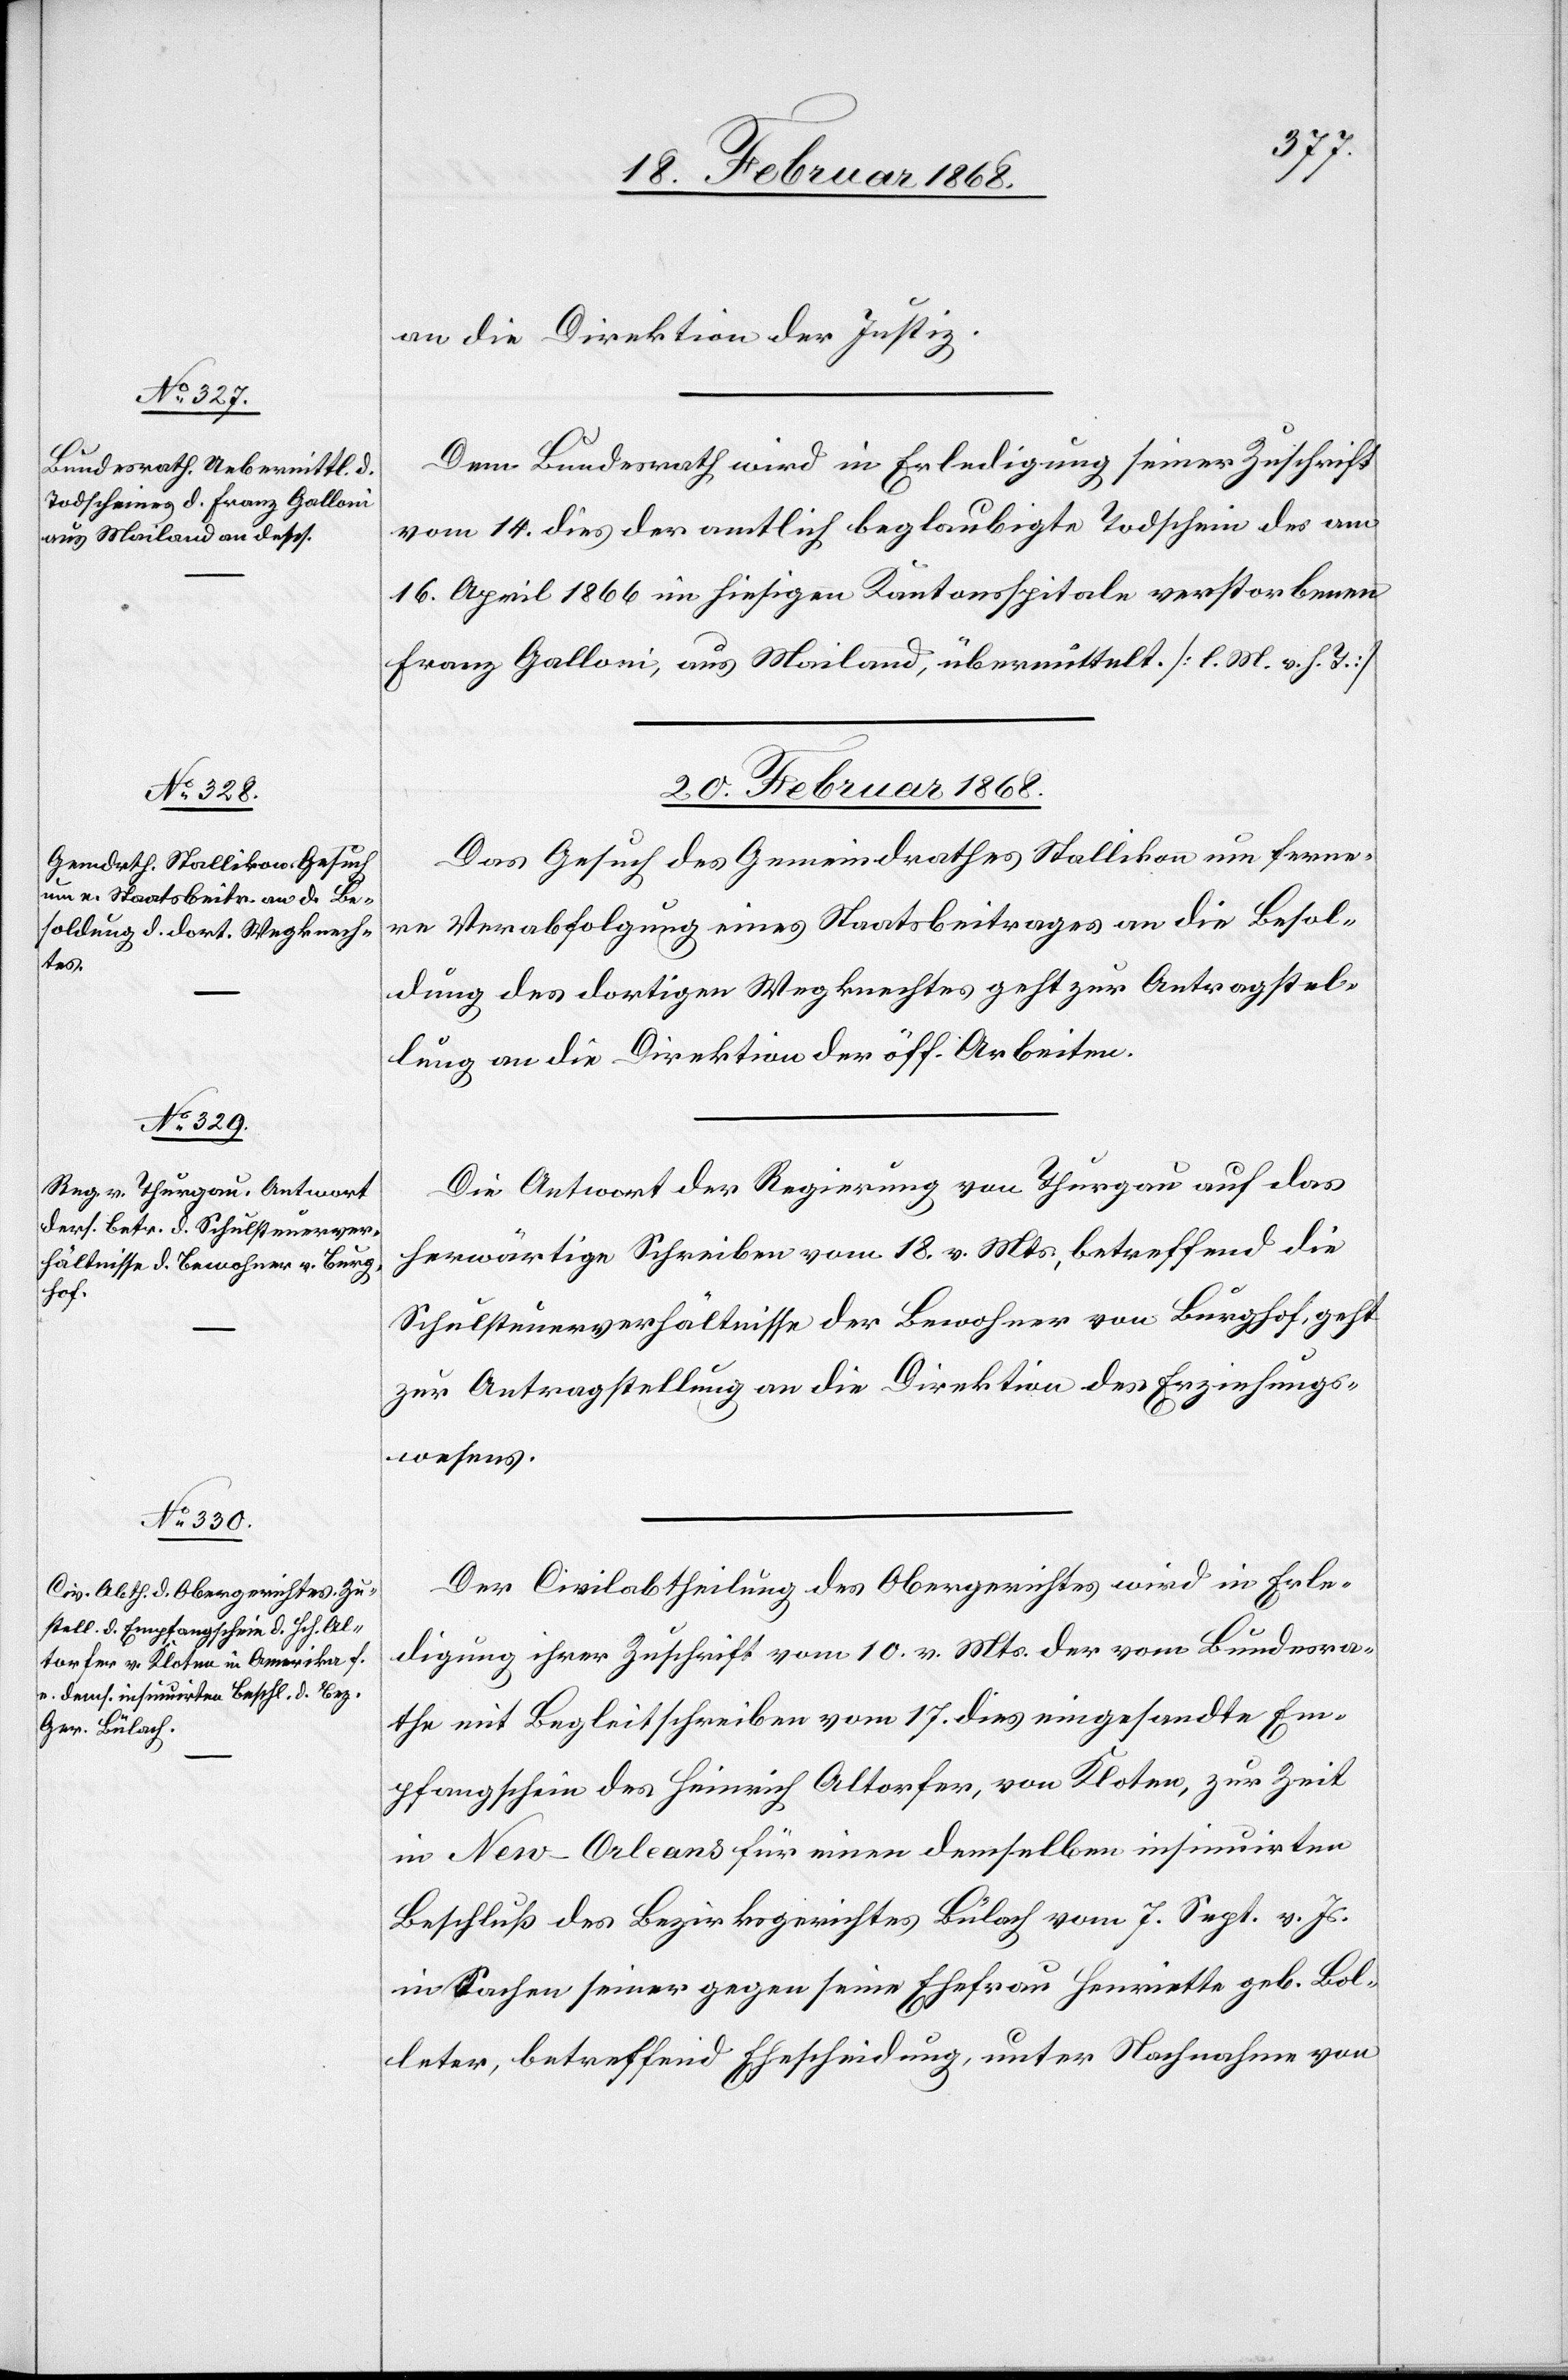
an die Direktion der Justiz.
Dem Bundesrath wird in Erledigung seiner Zuschrift
vom 14. dies der amtlich beglaubigte Todschein des am
16. April 1866 im hiesigen Kantonsspitale verstorbenen
Franz Galloni, aus Mailand, übermittelt. [l. M. v. h. T.]
20. Februar 1868.]
Das Gesuch des Gemeindrathes Stallikon um ferne¬
re Verabfolgung eines Staatsbeitrages an die Besol¬
dung des dortigen Wegknechtes geht zur Antragstel¬
lung an die Direktion der öff. Arbeiten.
Die Antwort der Regierung von Thurgau auf das
herwärtige Schreiben vom 18. v. Mts., betreffend die
Schulsteuerverhältnisse der Bewohner von Burghof, geht
zur Antragstellung an die Direktion des Erziehungs¬
wesens.
Der Civilabtheilung des Obergerichtes wird in Erle¬
digung ihrer Zuschrift vom 10. v. Mts. der vom Bundesra¬
the mit Begleitschreiben vom 17. dies eingesandte Em¬
pfangschein des Heinrich Altorfer, von Kloten, zur Zeit
in New-Orleans für einen demselben insinuirten
Beschluß des Bezirksgerichtes Bülach vom 7. Sept. v. Js.
in Sachen seiner gegen seine Ehefrau Henriette geb. Bol¬
leter, betreffend Ehescheidung, unter Nachnahme von